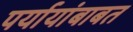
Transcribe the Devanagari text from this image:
पर्यायांबाबत